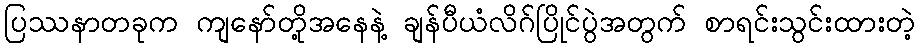
ပြဿနာတခုက ကျနော်တို့အနေနဲ့ ချန်ပီယံလိဂ်ပြိုင်ပွဲအတွက် စာရင်းသွင်းထားတဲ့